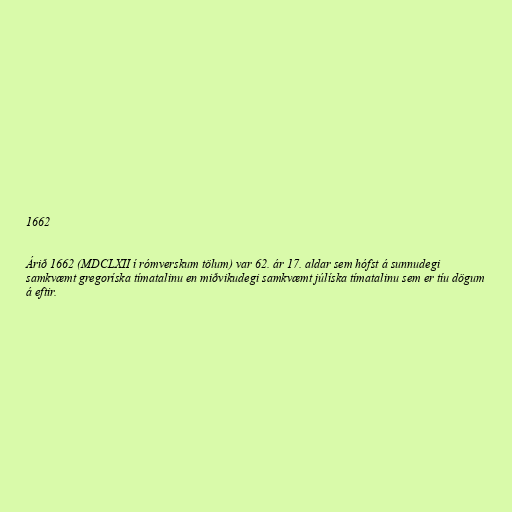
1662

Árið 1662 (MDCLXII í rómverskum tölum) var 62. ár 17. aldar sem hófst á sunnudegi
samkvæmt gregoríska tímatalinu en miðvikudegi samkvæmt júlíska tímatalinu sem er tíu dögum
á eftir.